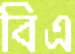
বিএ